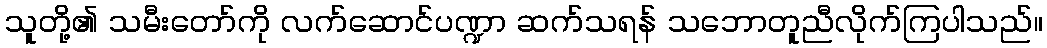
သူတို့၏ သမီးတော်ကို လက်ဆောင်ပဏ္ဍာ ဆက်သရန် သဘောတူညီလိုက်ကြပါသည်။